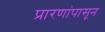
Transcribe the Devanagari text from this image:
प्रारणांपासून